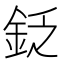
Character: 𨥧